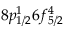
8 p _ { 1 / 2 } ^ { 1 } 6 f _ { 5 / 2 } ^ { 4 }